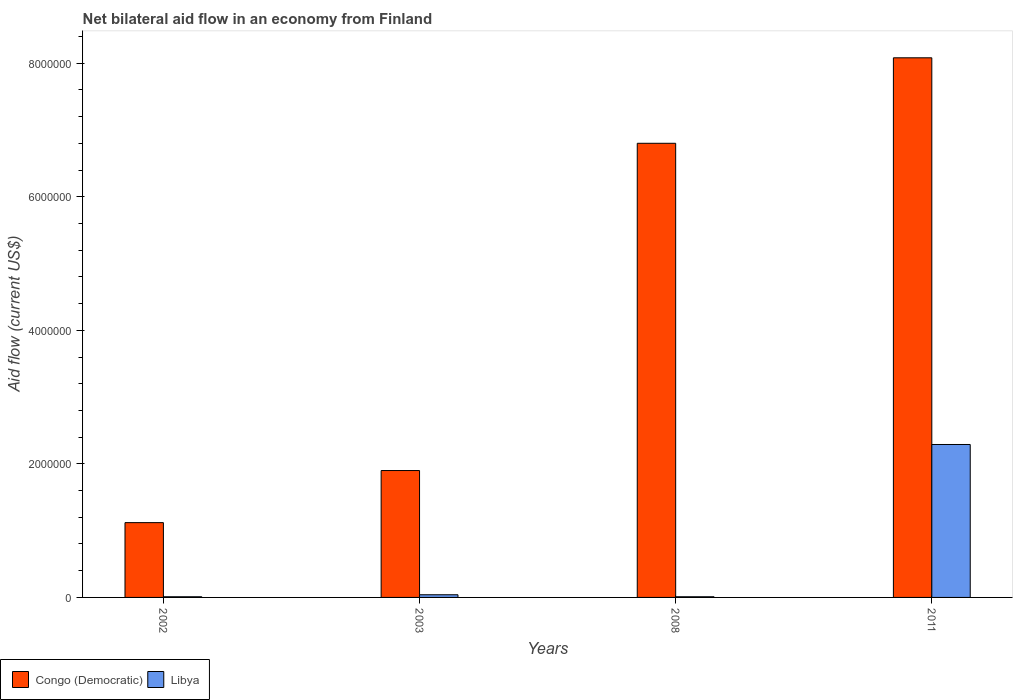
| Years | Congo (Democratic) | Libya |
 | --- | --- | --- |
 | 2002 | 1.12e+06 | 1e+04 |
 | 2003 | 1.9e+06 | 4e+04 |
 | 2008 | 6.8e+06 | 1e+04 |
 | 2011 | 8.08e+06 | 2.29e+06 |